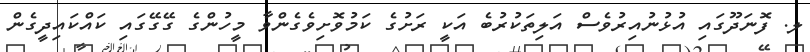
ލ. ފޮނަދޫގައި އުޅުނުއިރުވެސް އަލިތަކުރުބެ އަކީ ރަށުގެ ކަމުވޮށިވެގެންވާ މީހުންގެ ގޭގޭގައި ކައްކައިދީގެން